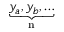
\underbrace { y _ { a } , y _ { b } , \ldots } _ { \mathrm { n } }